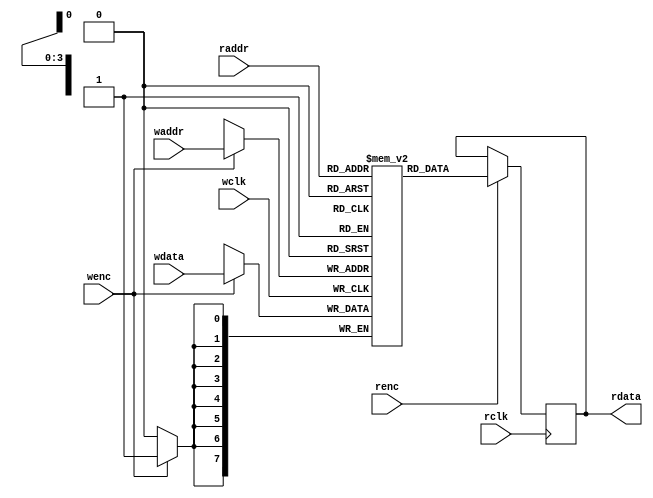
`timescale 1ns/1ns
/**********************************RAM************************************/
module dual_port_RAM #(parameter DEPTH = 16,
					   parameter WIDTH = 8)(
	 input wclk
	,input wenc
	,input [$clog2(DEPTH)-1:0] waddr  //2
	,input [WIDTH-1:0] wdata      	//
	,input rclk
	,input renc
	,input [$clog2(DEPTH)-1:0] raddr  //2
	,output reg [WIDTH-1:0] rdata 		//
);

reg [WIDTH-1:0] RAM_MEM [0:DEPTH-1];

always @(posedge wclk) begin
	if(wenc)
		RAM_MEM[waddr] <= wdata;
end 

always @(posedge rclk) begin
	if(renc)
		rdata <= RAM_MEM[raddr];
end 

endmodule  

/**********************************SFIFO************************************/
module sfifo#(
	parameter	WIDTH = 8,
	parameter 	DEPTH = 16
)(
	input 					clk		, 
	input 					rst_n	,
	input 					winc	,
	input 			 		rinc	,
	input 		[WIDTH-1:0]	wdata	,

	output 		reg		wfull	,
	output 		reg		rempty	,
	output wire [WIDTH-1:0]	rdata
);
parameter expand_addr=$clog2(DEPTH);
reg [expand_addr:0] waddr,raddr;
wire wfull_,rempty_;
wire wen,rin;
wire waddr_h,raddr_h;
wire [expand_addr-1:0] waddr_l,raddr_l;

assign waddr_h=(waddr[expand_addr-1:0]==DEPTH-1?!waddr[expand_addr]:waddr[expand_addr]);
assign raddr_h=(raddr[expand_addr-1:0]==DEPTH-1?!raddr[expand_addr]:raddr[expand_addr]);


assign waddr_l=(waddr[expand_addr-1:0]==DEPTH-1?0:waddr[expand_addr-1:0]+1);
assign raddr_l=(raddr[expand_addr-1:0]==DEPTH-1?0:raddr[expand_addr-1:0]+1);

assign wen=winc&&!wfull;
assign rin=rinc&&!rempty;

always @(posedge clk or negedge rst_n)
begin
if(!rst_n)
waddr<=0;
else if(wen)
waddr<={waddr_h,waddr_l};
else
waddr<=waddr;
end

always @(posedge clk or negedge rst_n)
begin
if(!rst_n)
raddr<=0;
else if(rin)
raddr<={raddr_h,raddr_l};
else
raddr<=raddr;
end


assign wfull_=({!waddr[expand_addr],waddr[expand_addr-1:0]}==raddr);
assign rempty_=(waddr==raddr);

always @(posedge clk or negedge rst_n)
begin
if(!rst_n)
begin
wfull<=0;
rempty<=0;
end
else
begin
wfull<=wfull_;
rempty<=rempty_;
end
end

dual_port_RAM #(.DEPTH(DEPTH), .WIDTH(WIDTH)) ram(
	.wclk(clk),
	.wenc(wen),
	.waddr(waddr[expand_addr-1:0]),
	.wdata(wdata),      	
	.rclk(clk),
	.renc(rin),
	.raddr(raddr[expand_addr-1:0]),
	.rdata(rdata) 	
);
endmodule